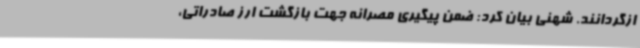
ازگردانند. شهنی بیان کرد: ضمن پیگیری مصرانه جهت بازگشت ارز صادراتی،